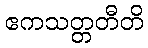
ဧကသတ္တတီတိ